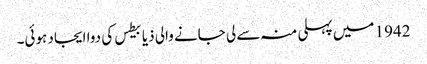
1942 میں‌ پہلی منہ سے لی جانے والی ذیابیطس کی دوا ایجاد ہوئی۔